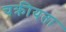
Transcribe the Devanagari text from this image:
चक्रीयता